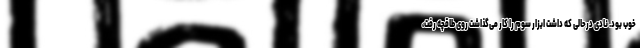
خوب بود. نادی درحالی که داشت ابزار سوم را کار می‌گذاشت روی طاقچه رفت،